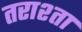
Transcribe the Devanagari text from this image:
तराश्ता